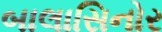
બાલાસિનોર